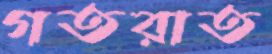
গতরাত